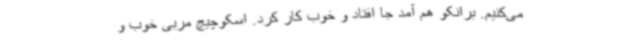
می‌کنیم. برانکو هم آمد جا افتاد و خوب کار کرد. اسکوچیچ مربی خوب و